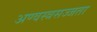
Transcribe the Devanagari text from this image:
अण्वस्त्रसज्जता